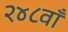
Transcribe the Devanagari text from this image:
२४८वाँ